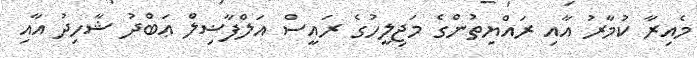
މެއިރާ ކުމާރު އާއި ރައްޔިތުންގެ މަޖިލީހުގެ ރައީސް އަލްފާޟިލް ޢަބްދު ޝާހިދު އާއި